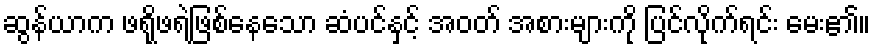
ဆွန်ယာက ဖရိုဖရဲဖြစ်နေသော ဆံပင်နှင့် အဝတ် အစားများကို ပြင်လိုက်ရင်း မေး၏။